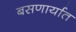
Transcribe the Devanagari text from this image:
बसणार्यात